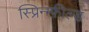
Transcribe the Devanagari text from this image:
स्प्रिन्ग्फ़ील्ड